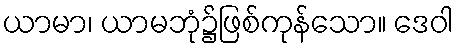
ယာမာ၊ ယာမဘုံ၌ဖြစ်ကုန်သော။ ဒေဝါ